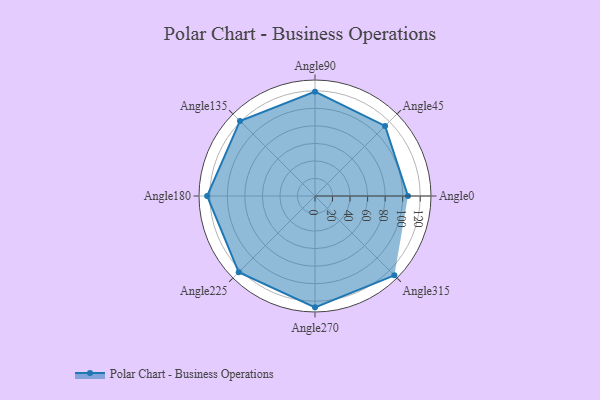
{"axis": {"x": "Angle", "y": "Radius"}, "legend": [""], "data": [{"x": "Angle0", "y": 106.0, "type": ""}, {"x": "Angle45", "y": 113.0, "type": ""}, {"x": "Angle90", "y": 119.0, "type": ""}, {"x": "Angle135", "y": 121.0, "type": ""}, {"x": "Angle180", "y": 123.0, "type": ""}, {"x": "Angle225", "y": 123.0, "type": ""}, {"x": "Angle270", "y": 127.0, "type": ""}, {"x": "Angle315", "y": 128.0, "type": ""}]}